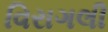
વિરાગલી